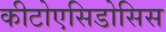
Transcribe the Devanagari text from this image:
कीटोएसिडोसिस